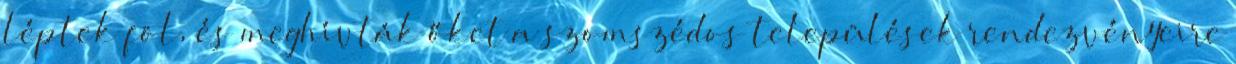
léptek föl, és meghívták őket a szomszédos települések rendezvényeire